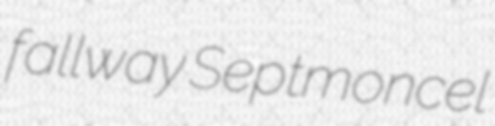
fallway Septmoncel